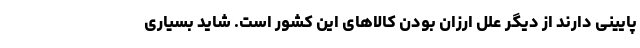
پایینی دارند از دیگر علل ارزان بودن کالاهای این کشور است. شاید بسیاری